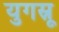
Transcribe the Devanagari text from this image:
युगस्रू